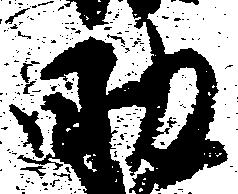
助